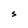
Character: S